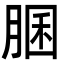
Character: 䐃